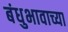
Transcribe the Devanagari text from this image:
बंधुभावाच्या